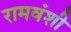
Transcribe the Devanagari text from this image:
रामवंशी